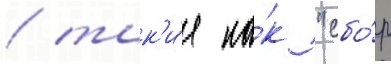
/ так'и́е ка́к "сбо́р